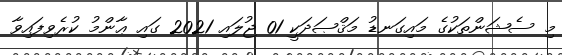
މި ސެޝަންތަކުގެ މައިގަނޑު މަޤްޞަދަކީ 01 ޖުލައި 2021 ގައި ޢާންމު ކުރެވިފައިވާ